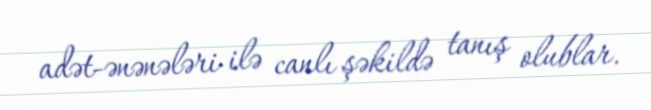
adət-ənənələri ilə canlı şəkildə tanış olublar.